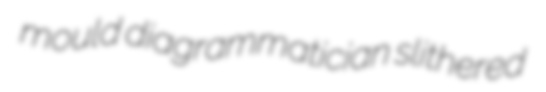
mould diagrammatician slithered